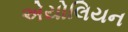
એયોલિયન